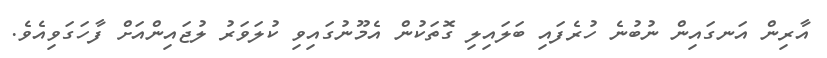
އާރިން އަނގައިން ނުބުނެ ހުރެފައި ބަލައިލި ގޮތަކުން އެމޫނުގައިވި ކުލަވަރު ލުޖައިންއަށް ފާހަގަވިއެވެ.